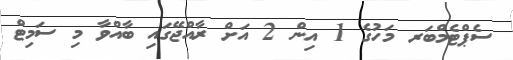
ސެޕްޓެމްބަރ މަހުގެ 1 އިން 2 އަށް ރާއްޖޭގައި ބާއްވާ މި ސަމިޓް